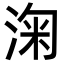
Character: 淗